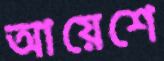
আয়েশে